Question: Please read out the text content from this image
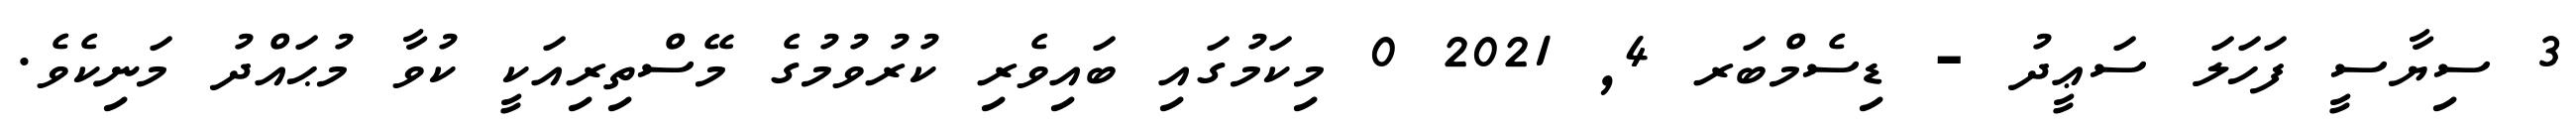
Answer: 3 ސިޔާސީ ފަހަލަ ސަޢީދު - ޑިސެމްބަރ 4, 2021 0 މިކަމުގައި ބައިވެރި ކުރުވުމުގެ މޭސްތިރިއަކީ ކުވާ މުޙައްދު މަނިކެވެ.